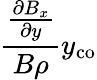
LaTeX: \frac{\frac{\partial B_{x}}{\partial y}}{B\rho}y_{\mathrm{co}}